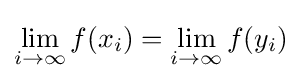
\lim _{i\to \infty }f(x_{i})=\lim _{i\to \infty }f(y_{i})